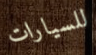
للسيارات